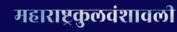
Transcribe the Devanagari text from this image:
महाराष्ट्रकुलवंशावली